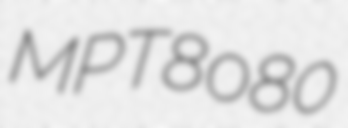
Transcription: MPT8080